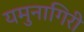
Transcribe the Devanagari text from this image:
यमुनागिरी